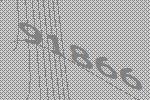
91866